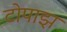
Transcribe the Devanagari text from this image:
टोपाझ